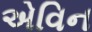
એવિન